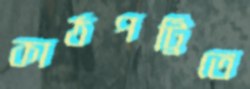
কাঠপট্টিতে